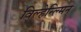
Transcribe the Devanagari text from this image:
विल्हेन्ल्मिन